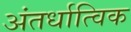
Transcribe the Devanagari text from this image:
अंतर्धात्विक